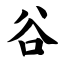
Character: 谷